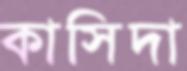
কাসিদা